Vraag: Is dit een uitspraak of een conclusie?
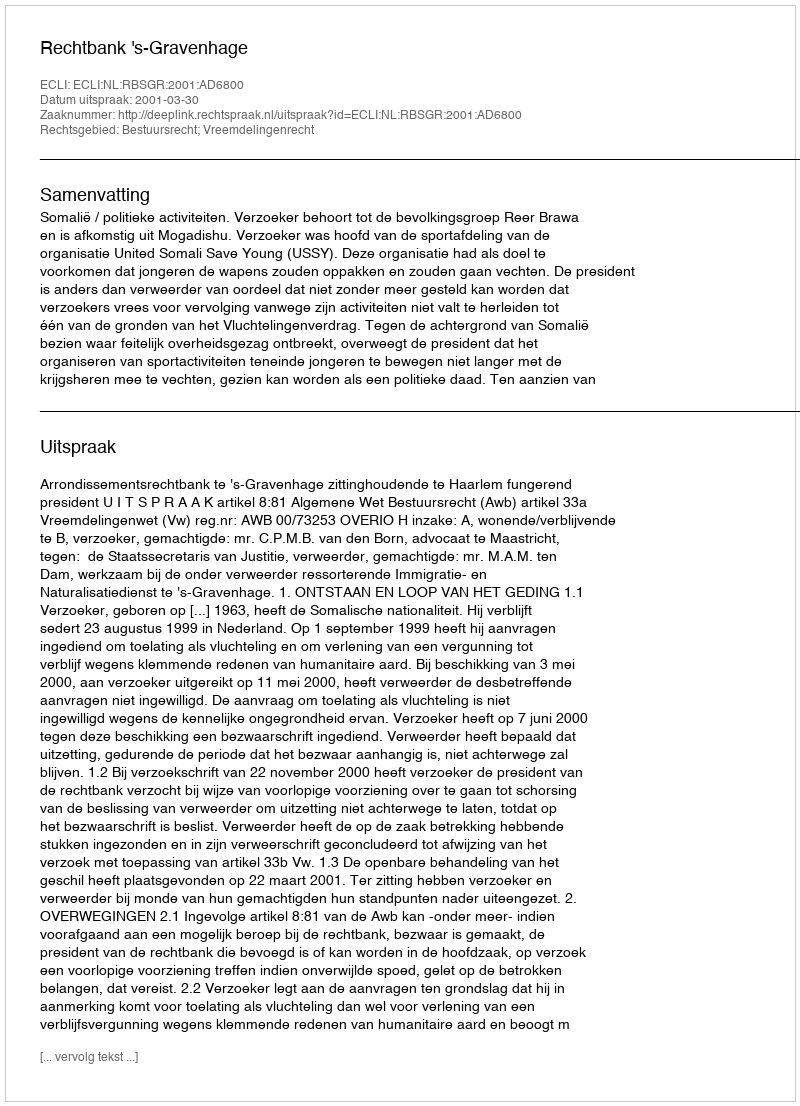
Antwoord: Uitspraak